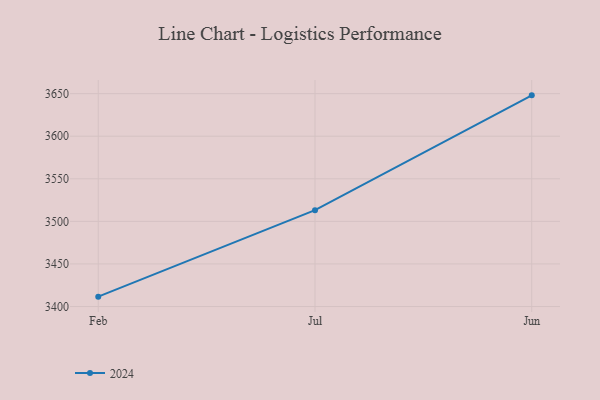
{"axis": {"x": "Month", "y": "Energy Usage (MWh)"}, "legend": ["2024"], "data": [{"x": "Feb", "y": 3411.6, "type": "2024"}, {"x": "Jul", "y": 3513.2, "type": "2024"}, {"x": "Jun", "y": 3648.0, "type": "2024"}]}